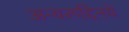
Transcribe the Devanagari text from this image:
अन्वरूद्दिनचे